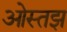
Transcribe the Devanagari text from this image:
ओस्तझ